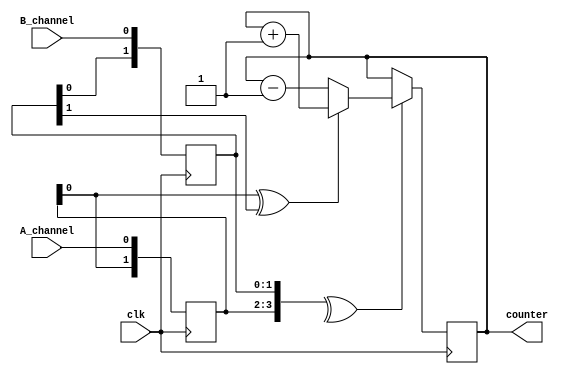
`timescale 1ns / 1ps
//////////////////////////////////////////////////////////////////////////////////
// Company: 
// Engineer: 
// 
// Design Name: 
// Module Name: quadrature_decoder
// Project Name: 
// Target Devices: 
// Tool Versions: 
// Description: 
// 
// Dependencies: 
// 
// Revision:
// Revision 0.01 - File Created
// Additional Comments:
// 
//////////////////////////////////////////////////////////////////////////////////


module quadrature_decoder(
    input clk,
    input A_channel, B_channel,
    output [7:0] counter
    );

reg [1:0] A_delay, B_delay;
always @(posedge clk)
    begin
        A_delay <= {A_delay[0], A_channel};
        B_delay <= {B_delay[0], B_channel};
    end

wire cnt_enable;
wire forward;
assign cnt_enable = ^{A_delay, B_delay};
assign forward = A_delay[0] ^ B_delay[1];

reg [7:0] cnt=8'd0;
always @(posedge clk)
    if (cnt_enable==1'b1) cnt <= (forward==1'b1 ? cnt+8'd1 : cnt-8'd1);

assign counter = cnt;
endmodule